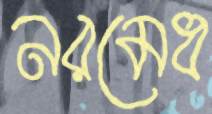
নরমেধ